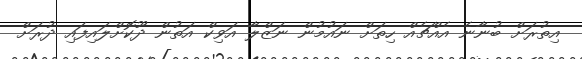
އިތުރަށް ބުނާނެ އެއްޗެއް ހިތަށް ނައުމުން ނަޒްލާ އަވިކް އަތުން ދޫކޮށްލައިފައި ދުރަށް